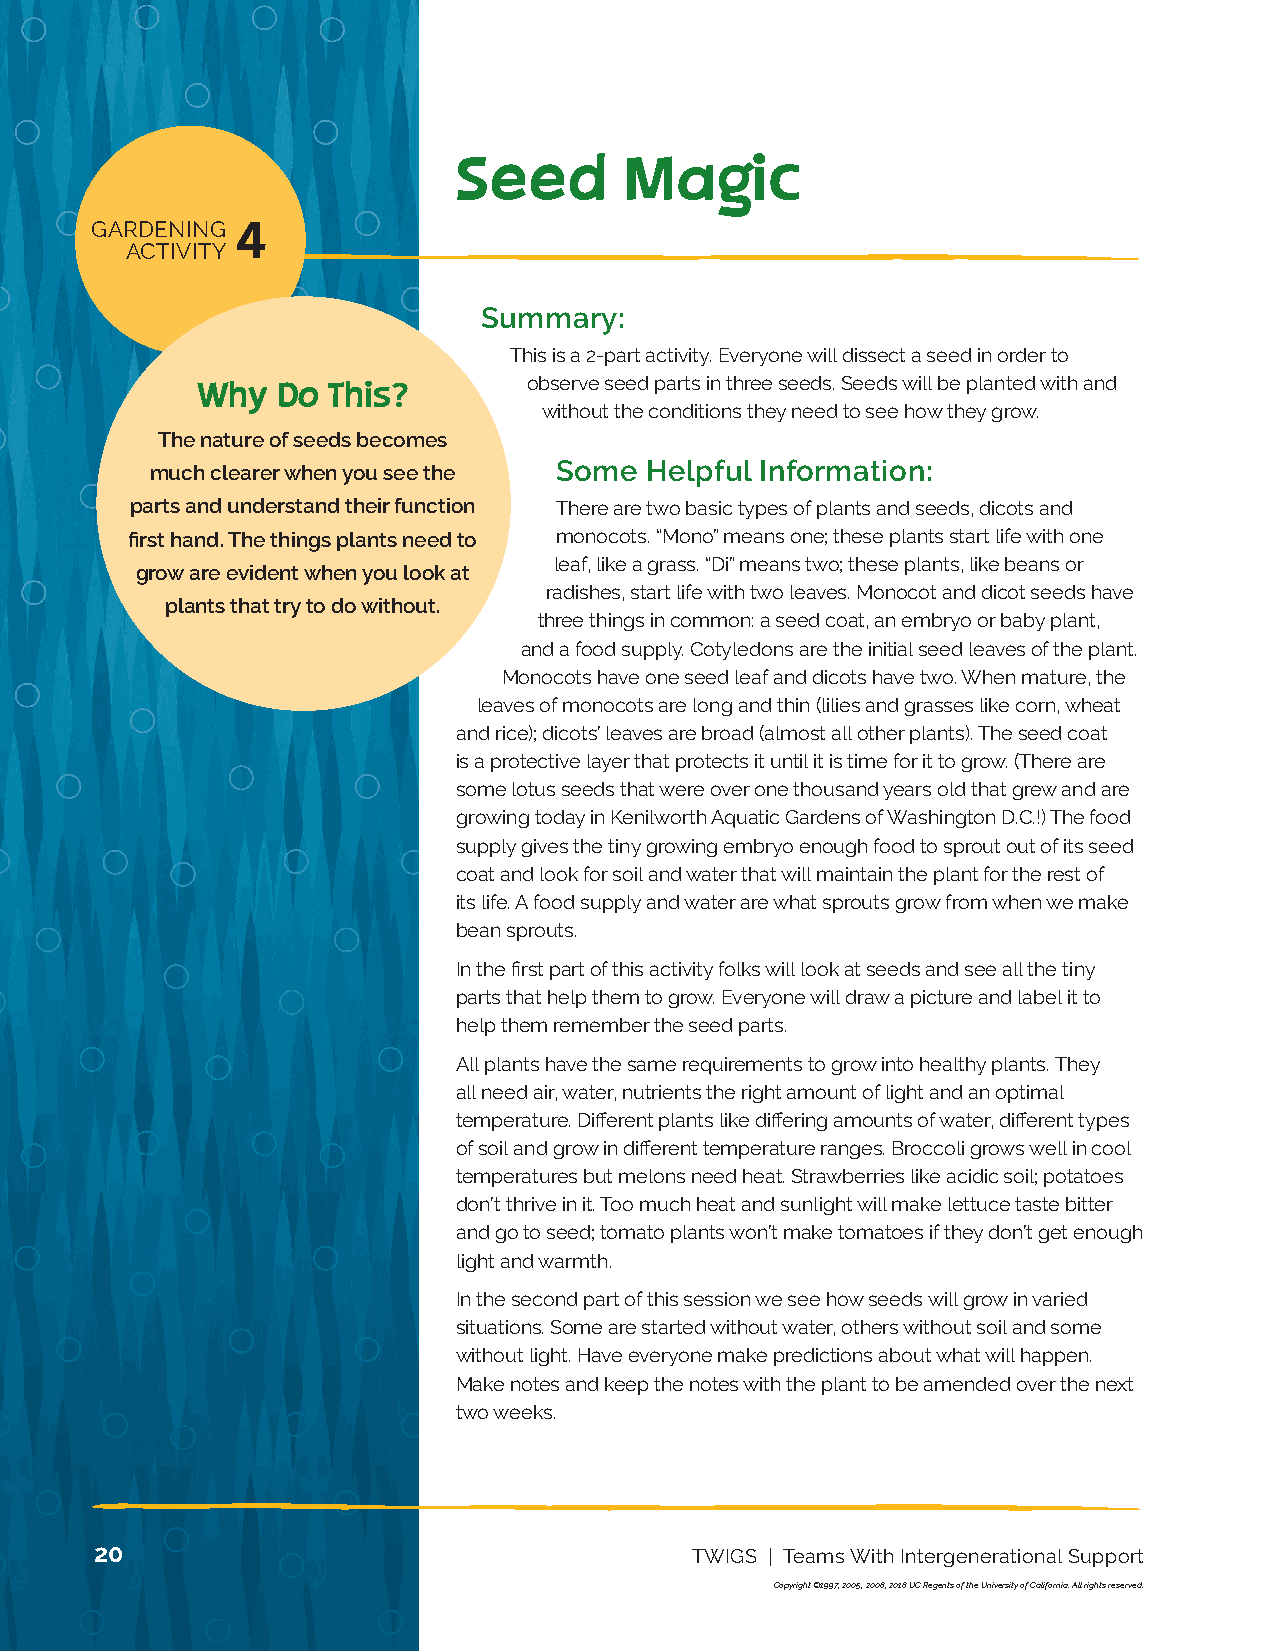
13 NUTRITION
 ACTIVITY
 Seed       Magic
 GARDENING 4
 ACTIVITY
 Summary:
 This is a 2-part activity. Everyone will dissect a seed in order to
 Why  Do  This?        observe seed parts in three seeds. Seeds will be planted with and
 without the conditions they need to see how they grow.
 The nature of seeds becomes
 much clearer when you see the Some Helpful Information:
 parts and understand their function There are two basic types of plants and seeds, dicots and
 first hand. The things plants need to monocots. “Mono” means one; these plants start life with one
 leaf, like a grass. “Di” means two; these plants, like beans or
 grow are evident when you look at
 radishes, start life with two leaves. Monocot and dicot seeds have
 plants that try to do without.
 three things in common: a seed coat, an embryo or baby plant,
 and a food supply. Cotyledons are the initial seed leaves of the plant.
 Monocots have one seed leaf and dicots have two. When mature, the
 leaves of monocots are long and thin (lilies and grasses like corn, wheat
 and rice); dicots’ leaves are broad (almost all other plants). The seed coat
 is a protective layer that protects it until it is time for it to grow. (There are
 some lotus seeds that were over one thousand years old that grew and are
 growing today in Kenilworth Aquatic Gardens of Washington D.C.!) The food
 supply gives the tiny growing embryo enough food to sprout out of its seed
 coat and look for soil and water that will maintain the plant for the rest of
 its life. A food supply and water are what sprouts grow from when we make
 bean sprouts.
 In the first part of this activity folks will look at seeds and see all the tiny
 parts that help them to grow. Ev eryone will draw a picture and label it to
 help them remember the seed parts.
 All plants have the same requirements to grow into healthy plants. They
 all need air, water, nutrients the right amount of light and an optimal
 temperature. Different plants like differing amounts of water, different types
 of soil and grow in different temperature ranges. Broccoli grows well in cool
 temperatures but melons need heat. Strawberries like acidic soil; potatoes
 don’t thrive in it. Too much heat and sunlight will make lettuce taste bitter
 and go to seed; tomato plants won’t make tomatoes if they don’t get enough
 light and warmth.
 In the second part of this session we see how seeds will grow in varied
 situations. Some are started without water, others without soil and some
 without light. Have everyone make predictions about what will happen.
 Make notes and keep the notes with the plant to be amended over the next
 two weeks.
 20                                      TWIGS | Teams With Intergenerational Support
 Copyright ©1997, 2005, 2008, 2018 UC Regents of the University of California. All rights reserved.